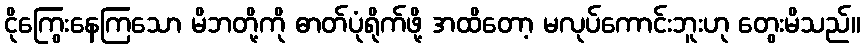
ငိုကြွေးနေကြသော မိဘတို့ကို ဓာတ်ပုံရိုက်ဖို့ အထိတော့ မလုပ်ကောင်းဘူးဟု တွေးမိသည်။